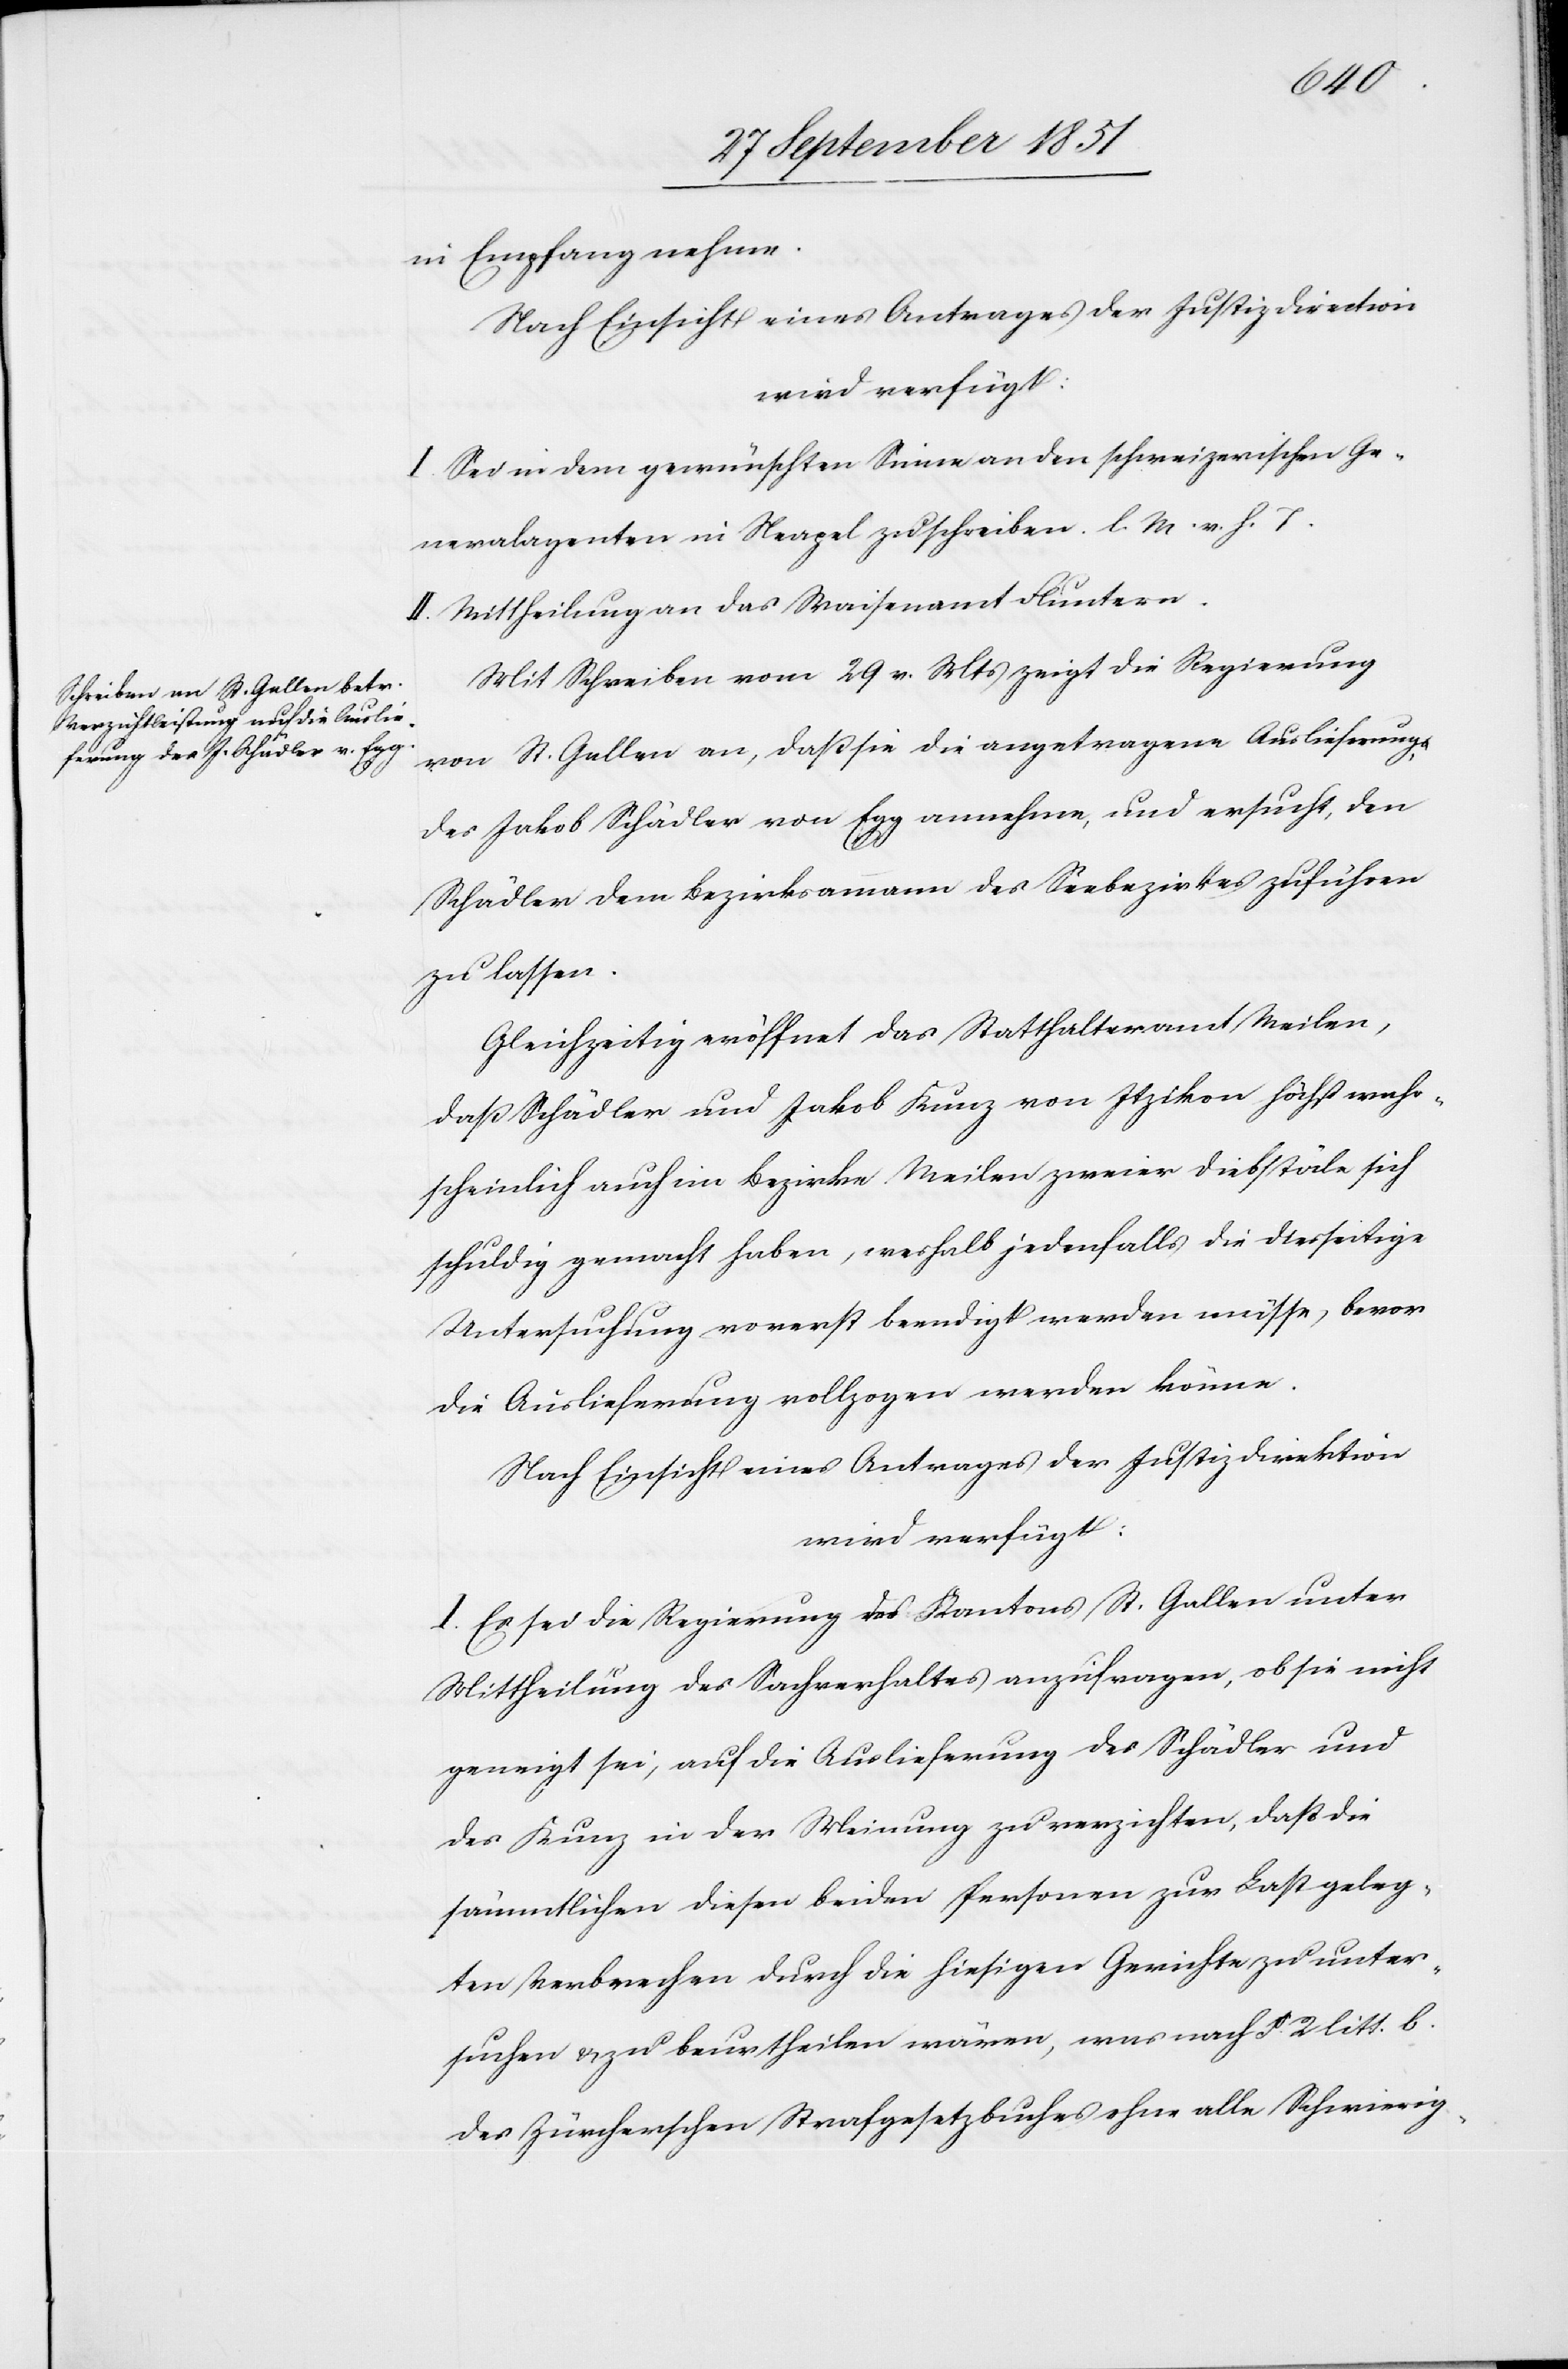
1851.]
in Empfang nehme.
Nach Einsicht eines Antrages der Justizdirection
wird verfügt:
I. Sei in dem gewünschten Sinne an den schweizerischen Ge¬
neralagenten in Neapel zu schreiben. l. M. v. h. T.
II. Mittheilung an das Waisenamt Fluntern.
Mit Schreiben vom 29 v. Mts zeigt die Regierung
von St. Gallen an, daß sie die angetragene Auslieferung
des Jakob Schädler von Egg annehme, und ersucht, den
Schädler dem Bezirksammann des Seebezirkes zuführen
zu lassen.
Gleichzeitig eröffnet das Statthalteramt Meilen,
daß Schädler und Jakob Kunz von Itzikon höchst wahr¬
scheinlich auch im Bezirke Meilen zweier Diebstäle sich
schuldig gemacht haben, weshalb jedenfalls die diesseitige
Untersuchung vorerst beendigt werden müsse, bevor
die Auslieferung vollzogen werden könne.
Nach Einsicht eines Antrages der Justizdirektion
wird verfügt:
I. Es sei die Regierung des Kantons St. Gallen unter
Mittheilung des Sachverhaltes anzufragen, ob sie nicht
geneigt sei, auf die Auslieferung des Schädler und
des Kunz in der Meinung zu verzichten, daß die
sämmtlichen diesen beiden Personen zur Last geleg¬
ten Verbrechen durch die hiesigen Gerichte zu unter¬
suchen & zu beurtheilen wären, was nach § 2 litt. b.
des Zürcherschen Strafgesetzbuches ohne alle Schwierig-